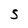
Character: 5